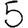
Digit: 5